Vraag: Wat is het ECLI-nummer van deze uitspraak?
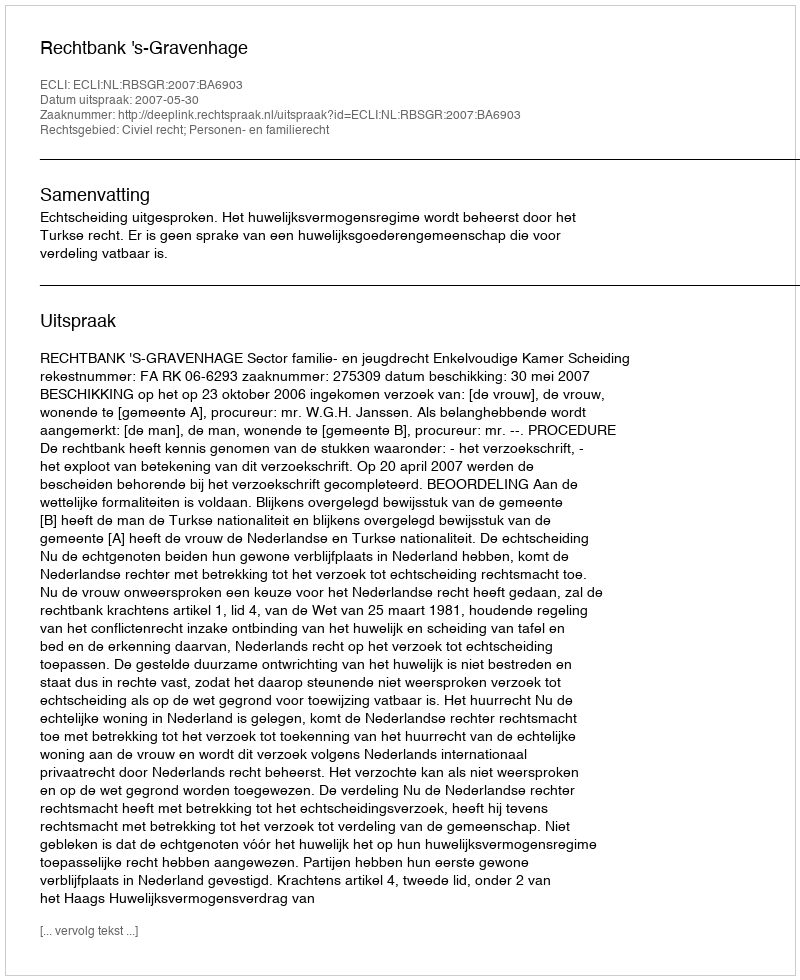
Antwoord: ECLI:NL:RBSGR:2007:BA6903